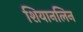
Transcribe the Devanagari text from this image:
शियानलिन